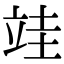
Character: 𮄭